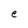
Character: e